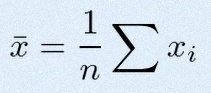
\bar{x}=\frac1n\sum x_i